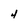
Character: 4